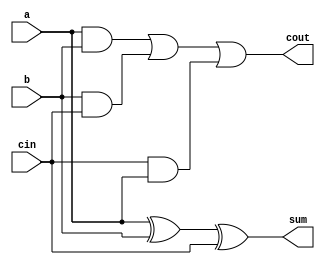
module one_bit_full_adder(a,b,cin,sum,cout);
    input a;
    input b;
    input cin;

    output cout;
    output sum;

    //Combinational Logic
    assign cout = ((a&&b)||(b&&cin)||(cin&&a));
    assign sum = a^b^cin;
endmodule